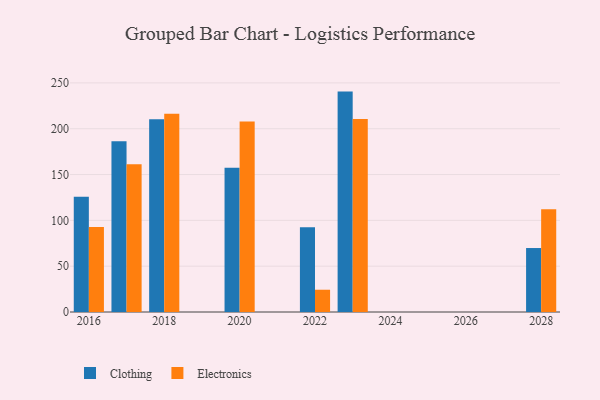
{"axis": {"x": "Year", "y": "LTV (USD)"}, "legend": ["Clothing", "Electronics"], "data": [{"x": "2020", "y": 157.3, "type": "Clothing"}, {"x": "2020", "y": 207.8, "type": "Electronics"}, {"x": "2017", "y": 186.3, "type": "Clothing"}, {"x": "2017", "y": 161.1, "type": "Electronics"}, {"x": "2028", "y": 69.8, "type": "Clothing"}, {"x": "2028", "y": 112.1, "type": "Electronics"}, {"x": "2023", "y": 240.5, "type": "Clothing"}, {"x": "2023", "y": 210.6, "type": "Electronics"}, {"x": "2022", "y": 92.5, "type": "Clothing"}, {"x": "2022", "y": 24.3, "type": "Electronics"}, {"x": "2016", "y": 125.8, "type": "Clothing"}, {"x": "2016", "y": 92.8, "type": "Electronics"}, {"x": "2018", "y": 210.3, "type": "Clothing"}, {"x": "2018", "y": 216.4, "type": "Electronics"}]}